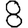
Digit: 8